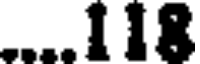
....118